Report of the Indian Hemp Drugs Commission, 1894-1895 - Volume VI
Year: 1894
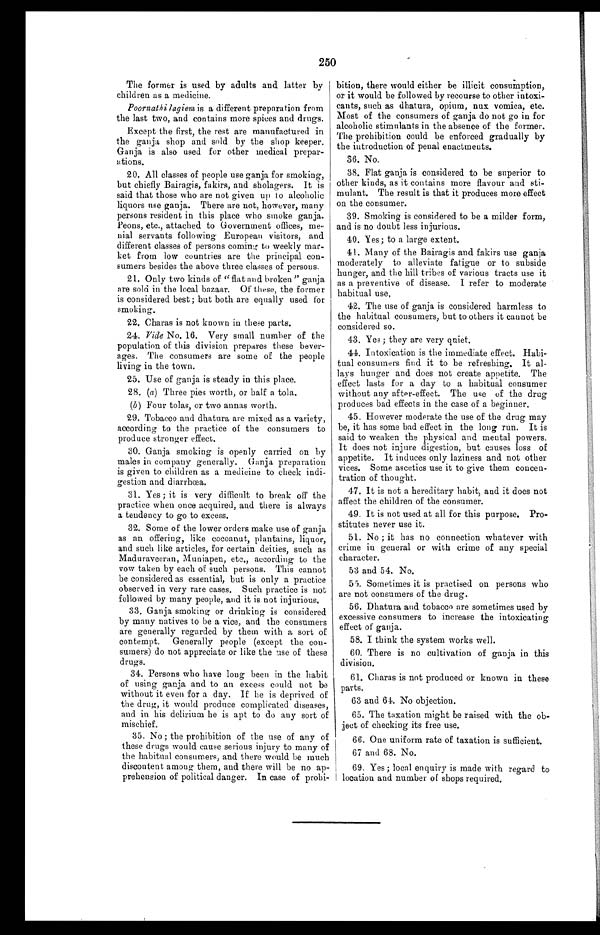
250
The former is used by adults and latter by '
children as a medicine.
Poornathi lagiem is a different preparation from
the last two, and contains more spices and drugs.
Except the first, the rest are manufactured in
the ganja shop and sold by the shop keeper.
Ganja is also used for other medical prepar-
ations.
20. All classes of people use ganja for smoking,
but chiefly Bairagis, fakirs, and sholagers. It is
said that those who are not given up to alcoholic
liquors use ganja. There are not, however, many
persons resident in this place who smoke ganja.
Peons, etc., attached to Government offices, me-
nial servants following European visitors, and
different classes of persons coming to weekly mar
-ket from low countries are the principal con-
sumers besides the above three classes of persons.
21. Only two kinds of "flat and broken" ganja
are sold in the local bazaar. Of these, the former
is considered best; but both are equally used for
smoking.
22. Charas is not known in these parts.
24. Vide No. 16. Very small number of the
population of this division prepares these bever-
ages. The consumers are some of the people
living in the town.
25. Use of ganja is steady in this place.
28. (a) Three pies worth, or half a tola.
(b) Four tolas, or two annas worth.
29. Tobacco and dhatura are mixed as a variety,
according to the practice of the consumers to
produce stronger effect.
30. Ganja smoking is openly carried on by
males in company generally. Ganja preparation
is given to children as a medicine to check indi-
gestion and diarrhœa.
31. Yes ; it is very difficult to break off the
practice when once acquired, and there is always
a tendency to go to excess.
32. Some of the lower orders make use of ganja
as an offering, like cocoanut, plantains, liquor,
and such like articles, for certain deities, such as
Maduraveeran, Muniapen, etc., according to the
vow taken by each of such persons. This cannot
be considered as essential, but is only a practice
observed in very rare cases. Such practice is not
followed by many people, and it is not injurious.
33. Ganja smoking or drinking is considered
by many natives to be a vice, and the consumers
are generally regarded by them with a sort of
contempt. Generally people (except the con-
sumers) do not appreciate or like the use of these
drugs.
34. Persons who have long been in the habit
of using ganja and to an excess could not be
without it even for a day. If he is deprived of
the drug, it would produce complicated diseases,
and in his delirium he is apt to do any sort of
mischief.
35. No ; the prohibition of the use of any of
these drugs would cause serious injury to many of
the habitual consumers, and there would be m
uch discontent among them, and there will be no ap-
prehension of political danger. In case of prohi-
bition, there would either be illicit consumption,
or it would be followed by recourse to other intoxi-
cants, such as dhatura, opium, nux vomica, etc.
Most of the consumers of ganja do not go in for
alcoholic stimulants in the absence of the former.
The prohibition could be enforced gradually by
the introduction of penal enactments.
36. No.
38. Flat ganja is considered to be superior to
other kinds, as it contains more flavour and sti-
mulant. The result is that it produces more effect
on the consumer.
39. Smoking is considered to be a milder form,
and is no doubt less injurious.
40. Yes; to a large extent.
41. Many of the Bairagis and fakirs use ganja
moderately to alleviate fatigue or to subside
hunger, and the bill tribes of various tracts use it
as a preventive of disease. I refer to moderate
habitual use.
42. The use of ganja is considered harmless to
the habitual consumers, but to others it cannot be
considered so.
43. Yes ; they are very quiet.
44. Intoxication is the immediate effect. Habi-
tual consumers find it to be refreshing. It al-
lays hunger and does not create appetite. The
effect lasts for a day to a habitual consumer
without any after-effect. The use of the drug
produces bad effects in the case of a beginner.
45. However moderate the use of the drug may
be, it has some bad eff ect in the long run. It is
said to weaken the physical and mental powers.
It does not injure digestion, but causes loss of
appetite. It induces only laziness and not other
vices. Some ascetics use it to give them concen-
tration of thought.
47. It is not a hereditary habit, and it does not
affect the children of the consumer.
49. It is not used at all for this purpose. Pro-
stitutes never use it.
51. No ; it has no connection whatever with
crime in general or with crime of any special
character.
53 and 54. No.
55. Sometimes it is practised on persons who
are not consumers of the drug.
56. Dhatura and tobacco are sometimes used by
excessive consumers to increase the intoxicating
effect of ganja.
58. I think the system works well.
60. There is no cultivation of ganja in this
division.
61. Charas is not produced or known in these
parts.
63 and 64. No objection.
65. The taxation might be raised with the ob-
ject of checking its free use.
68. One uniform rate of taxation is sufficient.
67 and 68. No.
69. Yes; local enquiry is made with regard to
location and number of shops required.